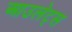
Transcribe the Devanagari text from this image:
आउलेट्स